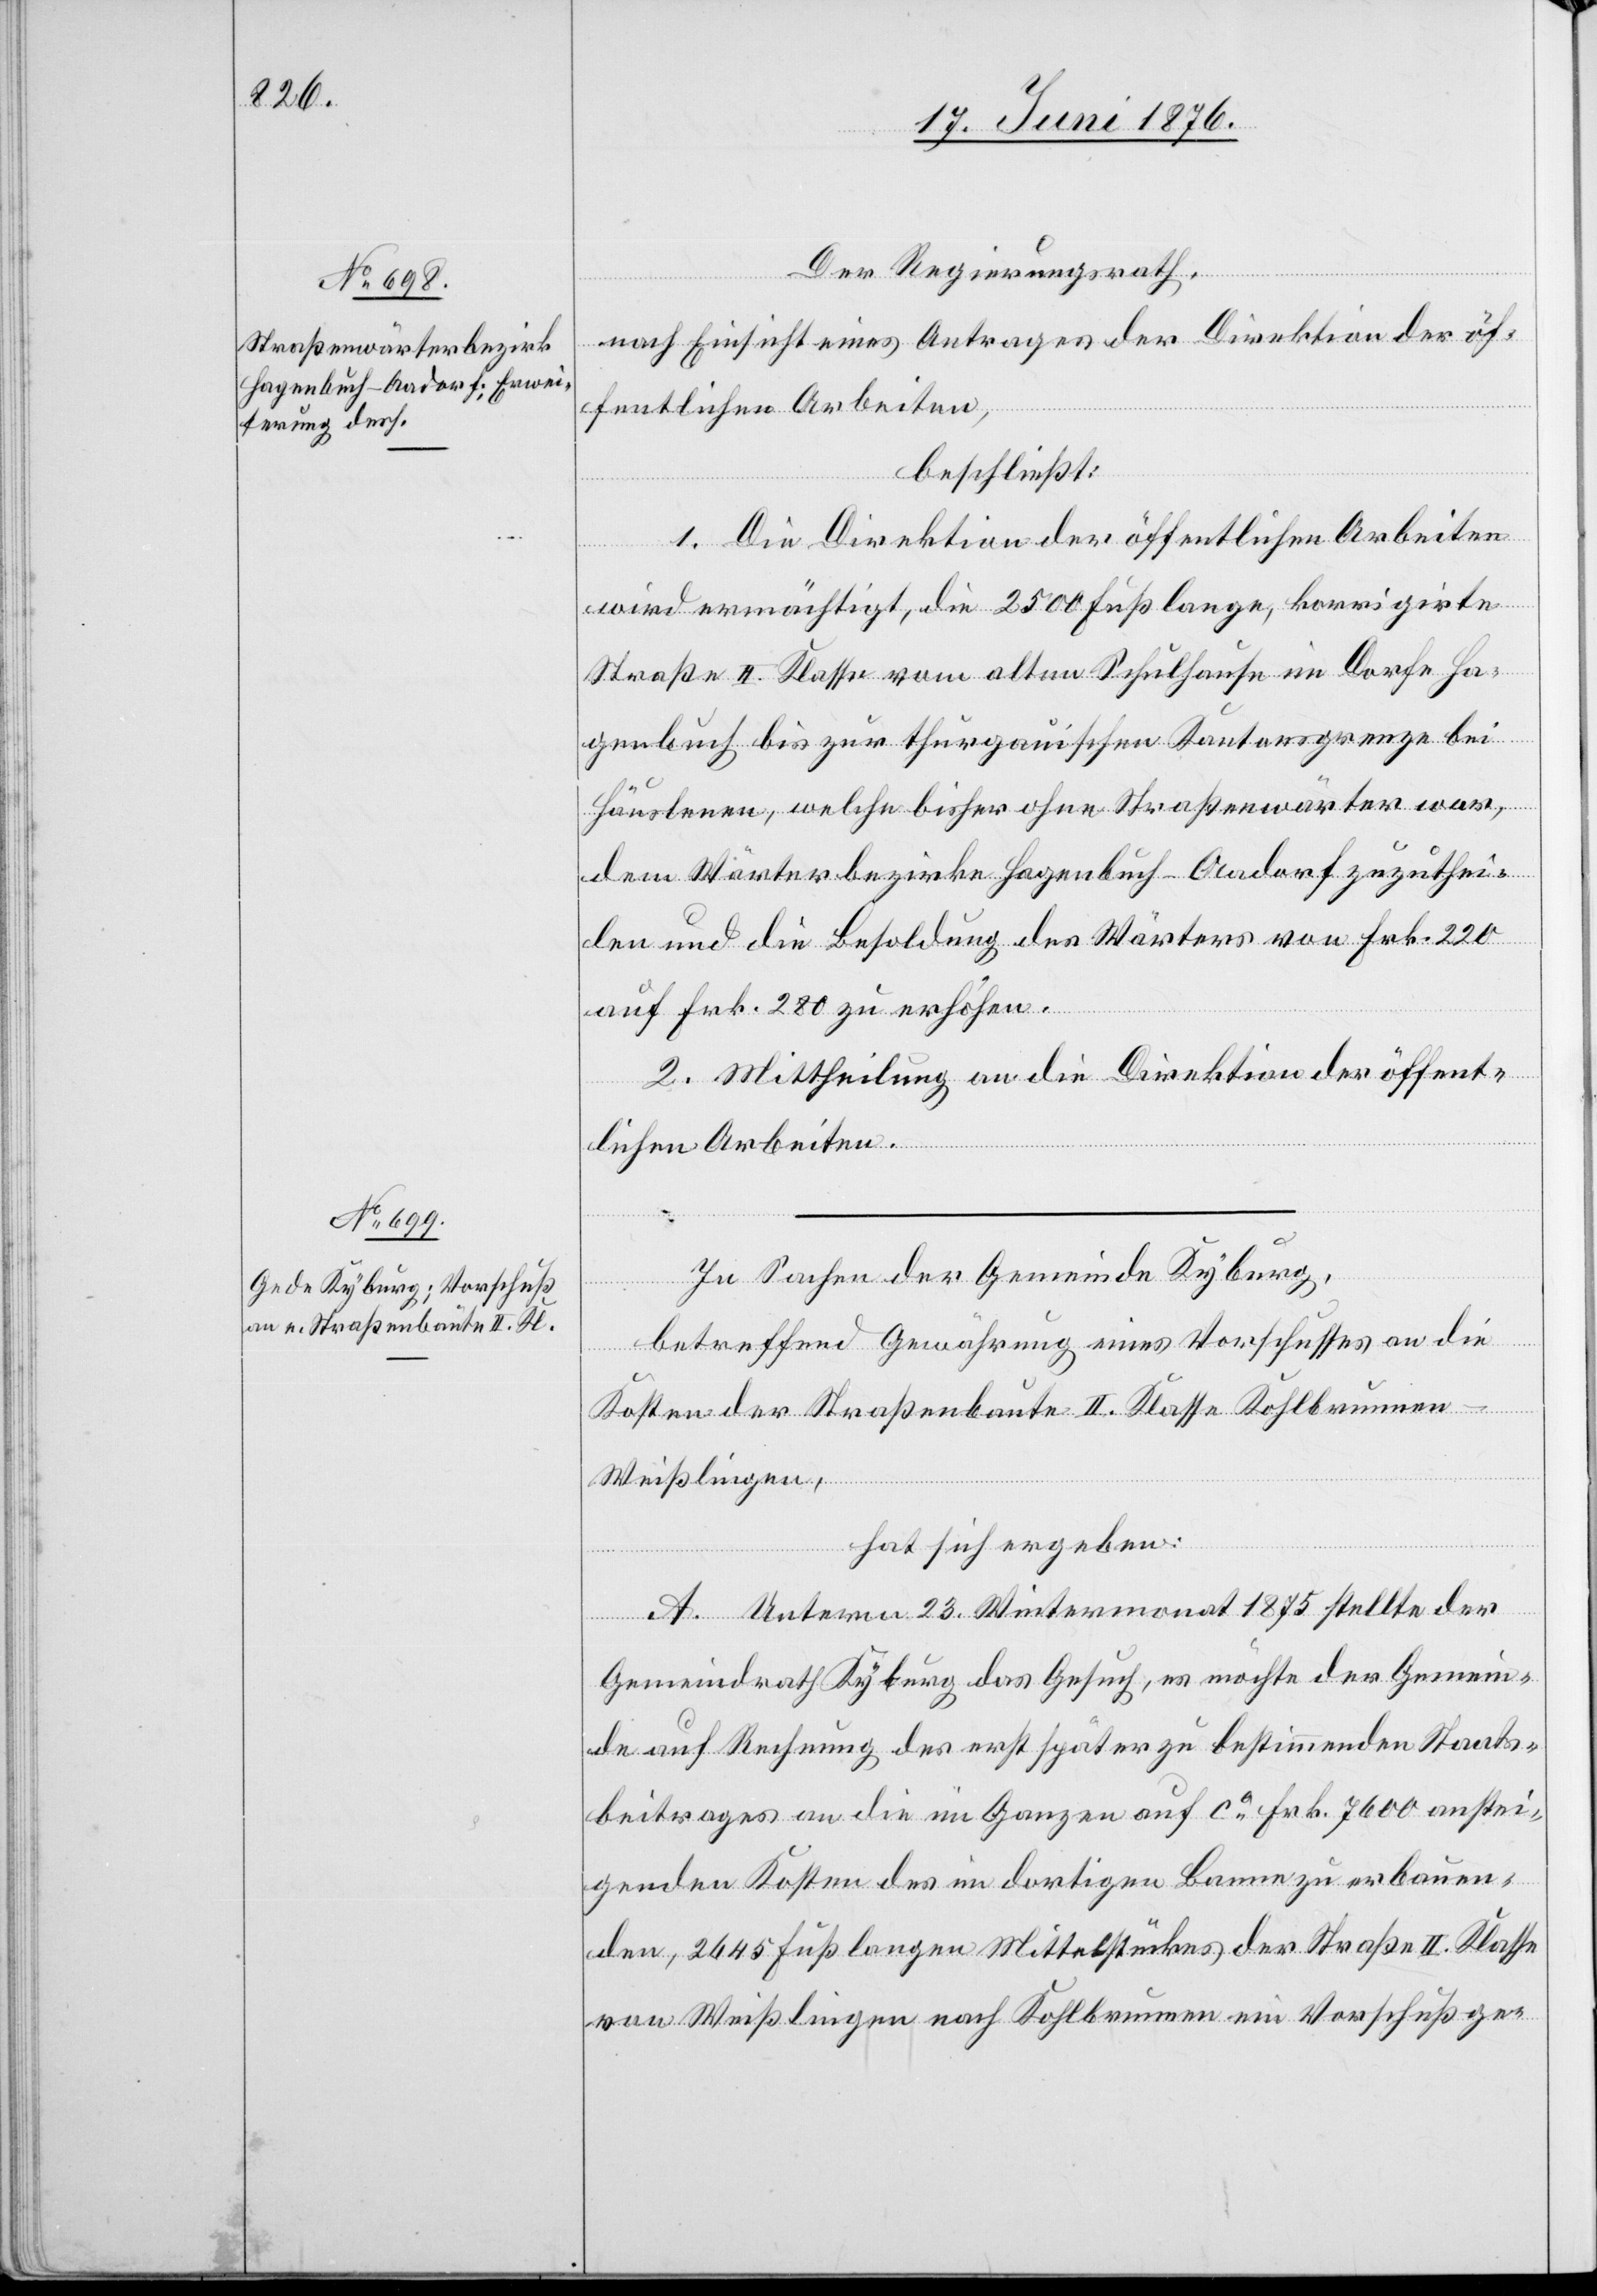
Der Regierungsrath,
nach Einsicht eines Antrages der Direktion der öf¬
fentlichen Arbeiten,
beschließt:
1. Die Direktion der öffentlichen Arbeiten
wird ermächtigt, die 2500 Fuß lange, korrigirte
Straße II. Klasse vom alten Schulhause im Dorfe Ha¬
genbuch bis zur thurgauischen Kantonsgrenze bei
Häuslenen, welche bisher ohne Straßenwärter war,
dem Wärterbezirke Hagenbuch - Aadorf zuzuthei¬
len und die Besoldung des Wärters von Frk. 220
auf Frk. 280 zu erhöhen.
2. Mittheilung an die Direktion der öffent¬
dra¬
lichen Arbeiten.
In Sachen der Gemeinde Kyburg,
betreffend Gewährung eines Vorschusses an die
Kosten der Straßenbaute II. Klasse Kohlbrunne¬
n–Weißlingen,
hat sich ergeben:
A: Unterm 23. Wintermonat 1875 stellte der
Gemeindrath Kyburg das Gesuch, es möchte der Gemein¬
th auf Rechnung des erst später zu bestimmenden Staats¬
beitrages an die im Ganzen auf ca Frk. 7600 anstei¬
genden Kosten des im dortigen Banne zu erbauen¬
den, 2645 Fuß langen Mittelstückes der Straße II. Klasse
von Weißlingen nach Kohlbrunnen ein Vorschuß ge-